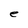
Character: e